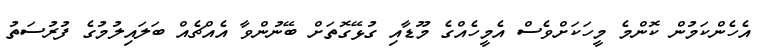
އެހެންކަމުން ކޮންމެ މީހަކަށްވެސް އެމީހެއްގެ މޫޑާއި ގުޅޭގޮތަށް ބޭނުންވާ އެއްޗެއް ބަލައިލުމުގެ ފުރުސަތު